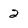
Character: 2